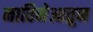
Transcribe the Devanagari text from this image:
नातिनेआतुन